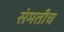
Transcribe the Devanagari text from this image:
संमतीच